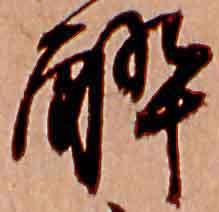
酔